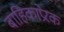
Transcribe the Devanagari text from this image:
बाहिकाप्रेरक